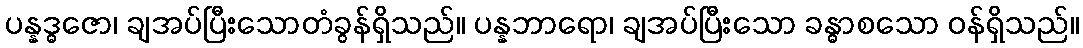
ပန္နဒ္ဓဇော၊ ချအပ်ပြီးသောတံခွန်ရှိသည်။ ပန္နဘာရော၊ ချအပ်ပြီးသော ခန္ဓာစသော ဝန်ရှိသည်။